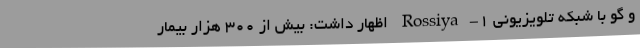
و گو با شبکه تلویزیونی Rossiya-1 اظهار داشت: بیش از ۳۰۰ هزار بیمار